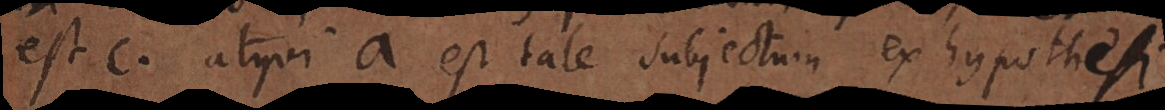
est c. atqui a est tale subjectum ex hypothesi